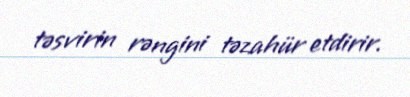
təsvirin rəngini təzahür etdirir.